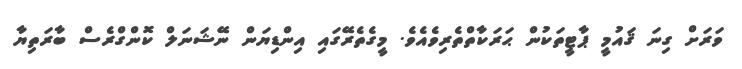
ވަރަށް ގިނަ ޤައުމީ ޕާޓީތަކުން ޙަރަކާތްތެރިވެއެވެ. މީގެތެރޭގައި އިންޑިޔަން ނޭޝަނަލް ކޮންގްރެސް ބާރަތިޔާ